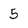
Character: 5